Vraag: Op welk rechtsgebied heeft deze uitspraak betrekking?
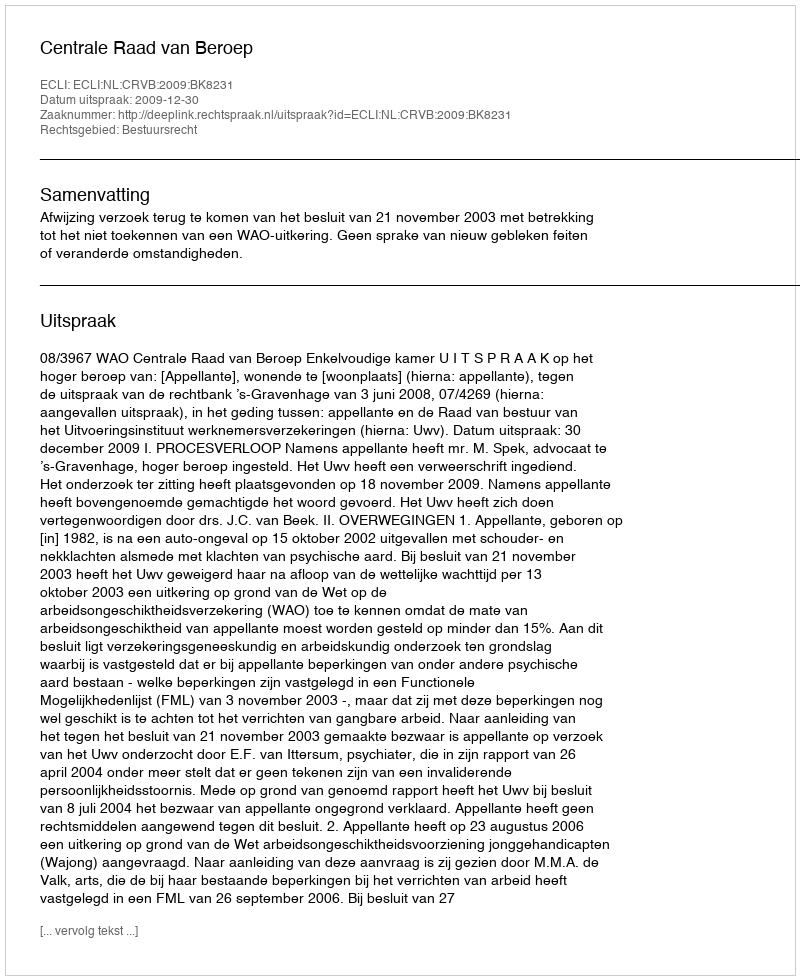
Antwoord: Bestuursrecht